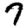
Digit: 7